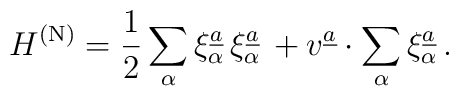
H^{\rm (N)} = {1\over 2}\sum\limits_{\alpha}  \xi_{\alpha}^{\underline{a}}\,  \xi_{\alpha}^{\underline{a}}\,  + v^{\underline{a}} \cdot \sum\limits_{\alpha}  \xi_{\alpha}^{\underline{a}}\, .